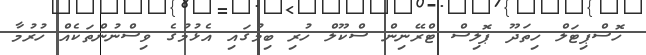
ހޮސްޕިޓަލް ހިތަދޫ ޕޮލިސް ޓްރޭނިން ސްކޫލް ހުރި ބިމުގައި އެޅުމުގެ ވިސްނުންތަކެއް ހުރުމާ